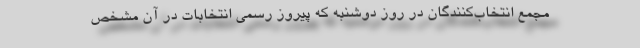
مجمع انتخاب‌کنندگان در روز دوشنبه که پیروز رسمی انتخابات در آن مشخص